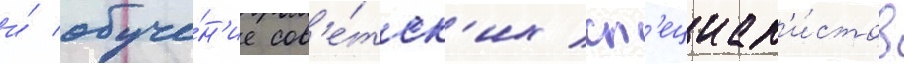
и́ обуче́н'ие сов'е́тск'их сп'ециал'и́стов